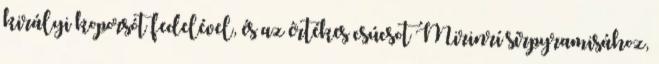
királyi koporsót fedelével, és az értékes csúcsot Mirinrí sírpyramisához,